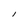
Character: I